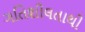
ગતિશીલતાથી